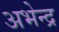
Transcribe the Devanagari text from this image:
अभेन्द्र